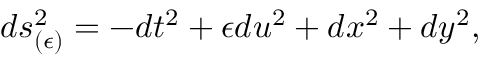
d s _ { ( \epsilon ) } ^ { 2 } = - d t ^ { 2 } + \epsilon d u ^ { 2 } + d x ^ { 2 } + d y ^ { 2 } ,